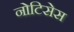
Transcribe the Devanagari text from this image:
नोटिसेस